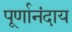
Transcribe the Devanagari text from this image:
पूर्णानंदाय